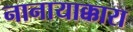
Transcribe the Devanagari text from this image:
नानायाक्कारा